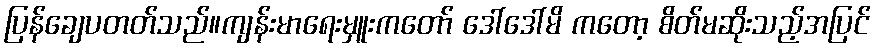
ပြန်ချေပတတ်သည်။ကျန်းမာရေးမှူးကတော် ဒေါ်ဒေါ်မိ ကတော့ စိတ်မဆိုးသည့်အပြင်